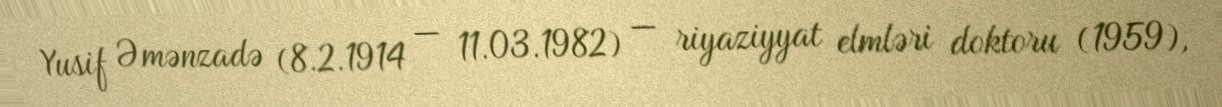
Yusif Əmənzadə (8.2.1914 — 11.03.1982) — riyaziyyat elmləri doktoru (1959),